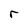
Character: r